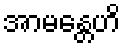
အာမန္တေဟိ